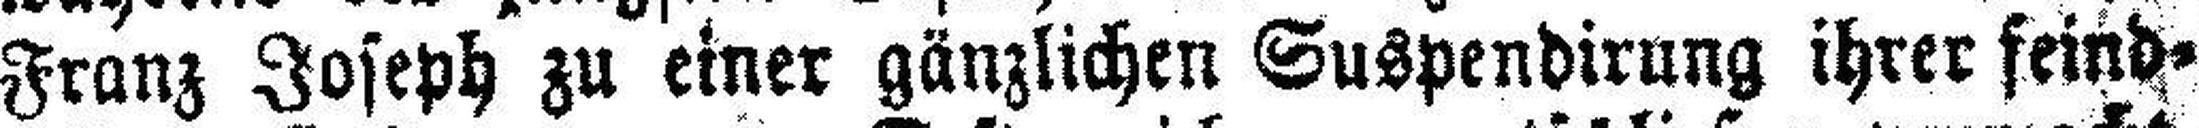
Franz Joseph zu einer gänzlichen Cuspendirung ihrer feind¬